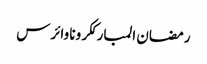
رمضان المبارککرونا وائرس